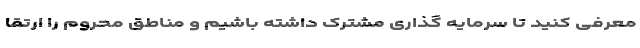
معرفی کنید تا سرمایه گذاری مشترک داشته باشیم و مناطق محروم را ارتقا